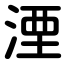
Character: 湮